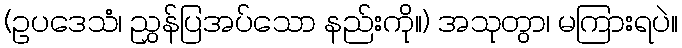
(ဥပဒေသံ၊ ညွှန်ပြအပ်သော နည်းကို။) အသုတွာ၊ မကြားရပဲ။